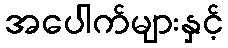
အပေါက်များနှင့်